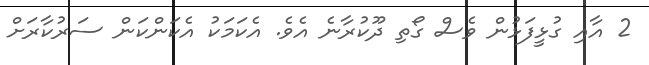
2 އާއި ގުޅީފަޅުން ވެސް ގޯތި ދޫކުރާނެ އެވެ. އެކަމަކު އެކަންކަން ސަރުކާރަށް